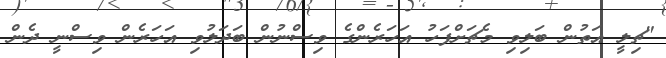
"ޗިލީ އަތުން ބަލިވި މެޗަށްފަހު އަހަރެންގެ ވިސްނުން ބަދަލުވި އަހަރެން ވިސްނީ ދެން